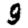
Digit: 9